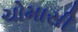
ચોમાસી